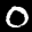
Label: 0